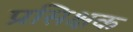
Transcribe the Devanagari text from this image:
प्रसिक्षक